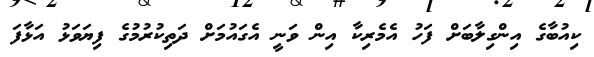
ކިއުބާގެ އިންގިލާބަށް ފަހު އެމެރިކާ އިން ވަނީ އެގައުމަށް ދަތިކުރުމުގެ ފިޔަވަޅު އަޅާފަ